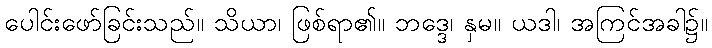
ပေါင်းဖော်ခြင်းသည်။ သိယာ၊ ဖြစ်ရာ၏။ ဘဒ္ဒေ၊ နှမ။ ယဒါ၊ အကြင်အခါ၌။